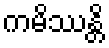
ကမိဿန္တိ